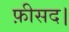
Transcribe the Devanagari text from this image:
फ़ीसद।